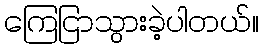
ကြေငြာသွားခဲ့ပါတယ်။